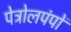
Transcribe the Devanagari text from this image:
पेट्रोलपंपों